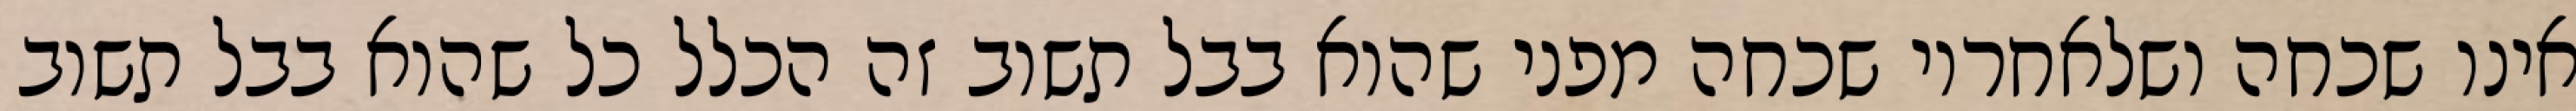
אינו שכחה ושלאחריו שכחה מפני שהוא בבל תשוב זה הכלל כל שהוא בבל תשוב